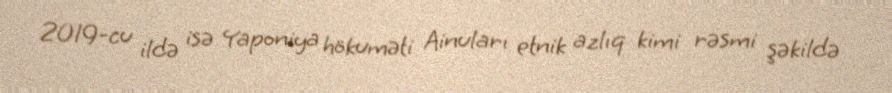
2019-cu ildə isə Yaponiya hökuməti Ainuları etnik azlıq kimi rəsmi şəkildə